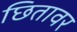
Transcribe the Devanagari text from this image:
छितावर